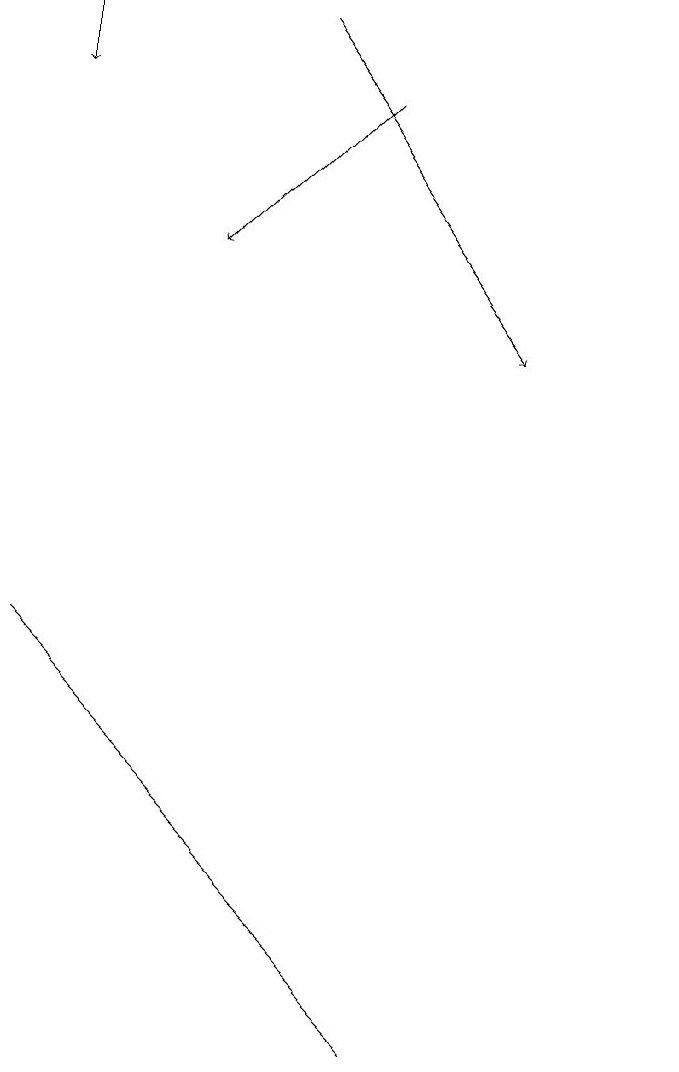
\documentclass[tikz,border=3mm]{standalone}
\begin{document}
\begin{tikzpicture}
\draw (6,4) -- (2,8) -- (7,3) -- cycle;
\draw[->] (2,16) -- (2,15);
\draw[->] (5,16) -- (8,12);
\draw (10,11) circle (0);
\draw[->] (6,15) -- (4,13);
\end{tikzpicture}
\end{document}